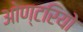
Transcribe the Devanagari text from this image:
ओण्टरियो